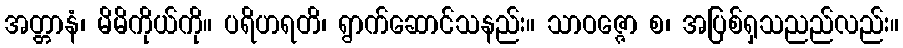
အတ္တာနံ၊ မိမိကိုယ်ကို။ ပရိဟရတိ၊ ရွာက်ဆောင်သနည်း။ သာဝဇ္ဇော စ၊ အပြစ်ရှသညည်လည်း။